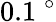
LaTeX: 0.1~^{\circ}